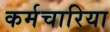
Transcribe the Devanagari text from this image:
कर्मचारिया